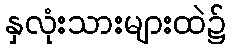
နှလုံးသားများထဲ၌